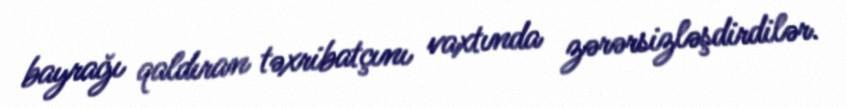
bayrağı qaldıran təxribatçını vaxtında zərərsizləşdirdilər.